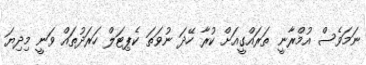
ނަމަވެސް އުމްރާނީ ތަރައްގީއަށް ކުރާ ހޭދަ ނުވަތަ ކެޕިޓަލް ހަރަދުތައް ވަނީ މިދިޔަ